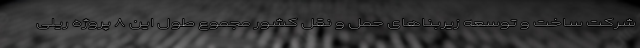
شرکت ساخت و توسعه زیربناهای حمل و نقل کشور مجموع طول این ۸ پروژه ریلی